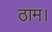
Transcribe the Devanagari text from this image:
ठाम।